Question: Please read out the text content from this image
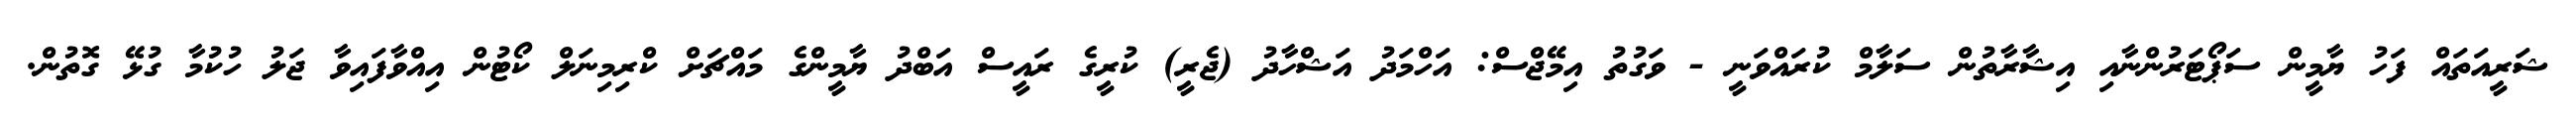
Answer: ޝަރީއަތައް ފަހު ޔާމީން ސަޕޯޓަރުންނާއި އިޝާރާތުން ސަލާމް ކުރައްވަނީ - ވަގުތު އިމޭޖްސް: އަހްމަދު އަޝްހާދު (ޖެރީ) ކުރީގެ ރައީސް އަބްދު ޔާމީންގެ މައްޗަށް ކްރިމިނަލް ކޯޓުން އިއްވާފައިވާ ޖަލު ހުކުމާ ގުޅޭ ގޮތުން.